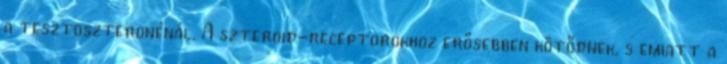
a tesztoszteronénál. A szteroid-receptorokhoz erősebben kötődnek, s emiatt a